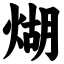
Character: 煳